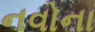
નવોના